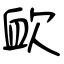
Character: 欰